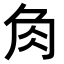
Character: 𧢲